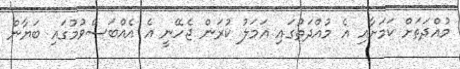
މުއްދަތަށް ކަމަށާއި އެ މުއްދަތުގައި އަމަލު ކުރަން ޖެހޭނީ އެ އެއްބަސްވުމުގައި ބަޔާން